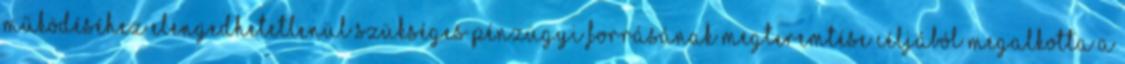
működéséhez elengedhetetlenül szükséges pénzügyi forrásának megteremtése céljából megalkotta a